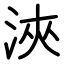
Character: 浹